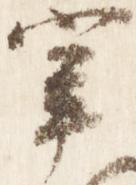
宰